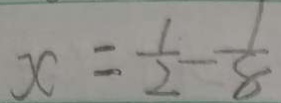
x = \frac { 1 } { 2 } - \frac { 1 } { 8 }